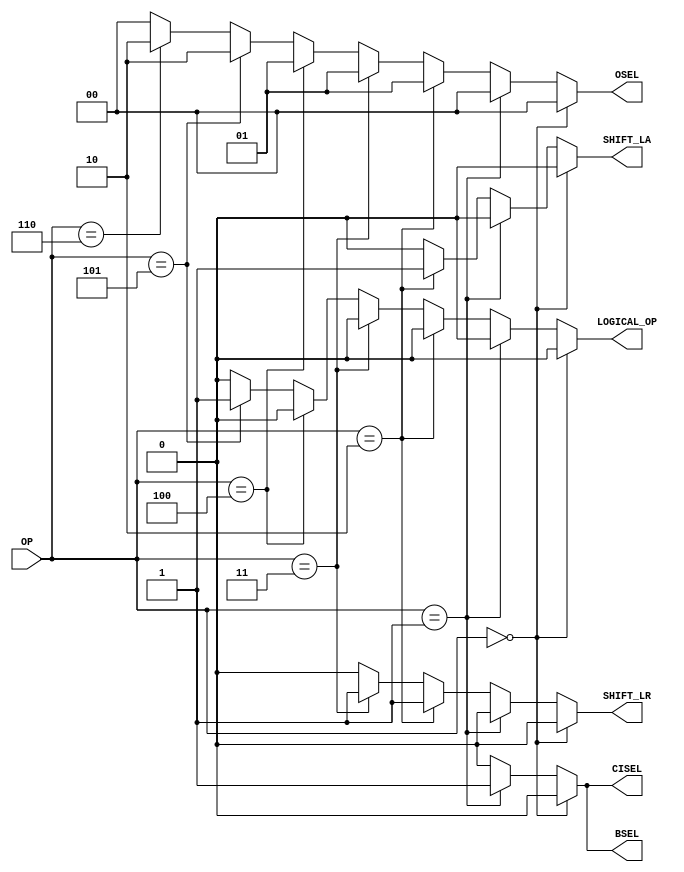
module control(OP, BSEL, CISEL, OSEL, SHIFT_LA, SHIFT_LR, LOGICAL_OP);

	// inputs
	input [2:0] OP;

	// outputs
	output reg BSEL;
	output reg CISEL;
	output reg [1:0] OSEL;
	output reg SHIFT_LA;
	output reg SHIFT_LR;
	output reg LOGICAL_OP;

	always@(*)
		begin
			if (OP == 3'b000) begin //addition
				BSEL<=1'b0;
				CISEL<=1'b0;
				OSEL<=2'b00;
				SHIFT_LA<=1'b0;
				SHIFT_LR<=1'b0;
				LOGICAL_OP<=1'b0;
		   end
			
			else if (OP == 3'b001) begin //subtraction
				BSEL<=1'b1;
				CISEL<=1'b1;
				OSEL<=2'b00;
				SHIFT_LA<=1'b0;
				SHIFT_LR<=1'b0;
				LOGICAL_OP<=1'b0;
			end
			
			else if (OP == 3'b010) begin //arithmetic shift right
				BSEL<=1'b0;
				CISEL<=1'b0;
				OSEL<=2'b01;
				SHIFT_LA<=1'b1;
				SHIFT_LR<=1'b1;
				LOGICAL_OP<=1'b0;
			end
			
			else if (OP == 3'b011) begin //logical shift right
				BSEL<=1'b0;
				CISEL<=1'b0;
				OSEL<=2'b01;
				SHIFT_LA<=1'b0;
				SHIFT_LR<=1'b1;
				LOGICAL_OP<=1'b0;
			end
			
			else if (OP == 3'b100) begin //logical shift left
				BSEL<=1'b0;
				CISEL<=1'b0;
				OSEL<=2'b01;
				SHIFT_LA<=1'b0;
				SHIFT_LR<=1'b0;
				LOGICAL_OP<=1'b0;
			end
			
			else if (OP == 3'b101) begin //AND
				BSEL<=1'b0;
				CISEL<=1'b0;
				OSEL<=2'b10;
				SHIFT_LA<=1'b0;
				SHIFT_LR<=1'b0;
				LOGICAL_OP<=1'b1;
			end
			
			else if (OP == 3'b110) begin //OR
				BSEL<=1'b0;
				CISEL<=1'b0;
				OSEL<=2'b10;
				SHIFT_LA<=1'b0;
				SHIFT_LR<=1'b0;
				LOGICAL_OP<=1'b0;
			end
			
			else begin
				BSEL<=1'b0;
				CISEL<=1'b0;
				OSEL<=2'b00;
				SHIFT_LA<=1'b0;
				SHIFT_LR<=1'b0;
				LOGICAL_OP<=1'b0;
			end
		end

endmodule